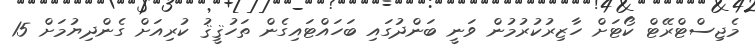
މެޖިސްޓްރޭޓް ކޯޓަށް ހާޒިރުކުރުމުން ވަނީ ބަންދުގައި ބަހައްޓައިގެން ތަހުޤީޤު ކުރިއަށް ގެންދިޔުމަށް 15